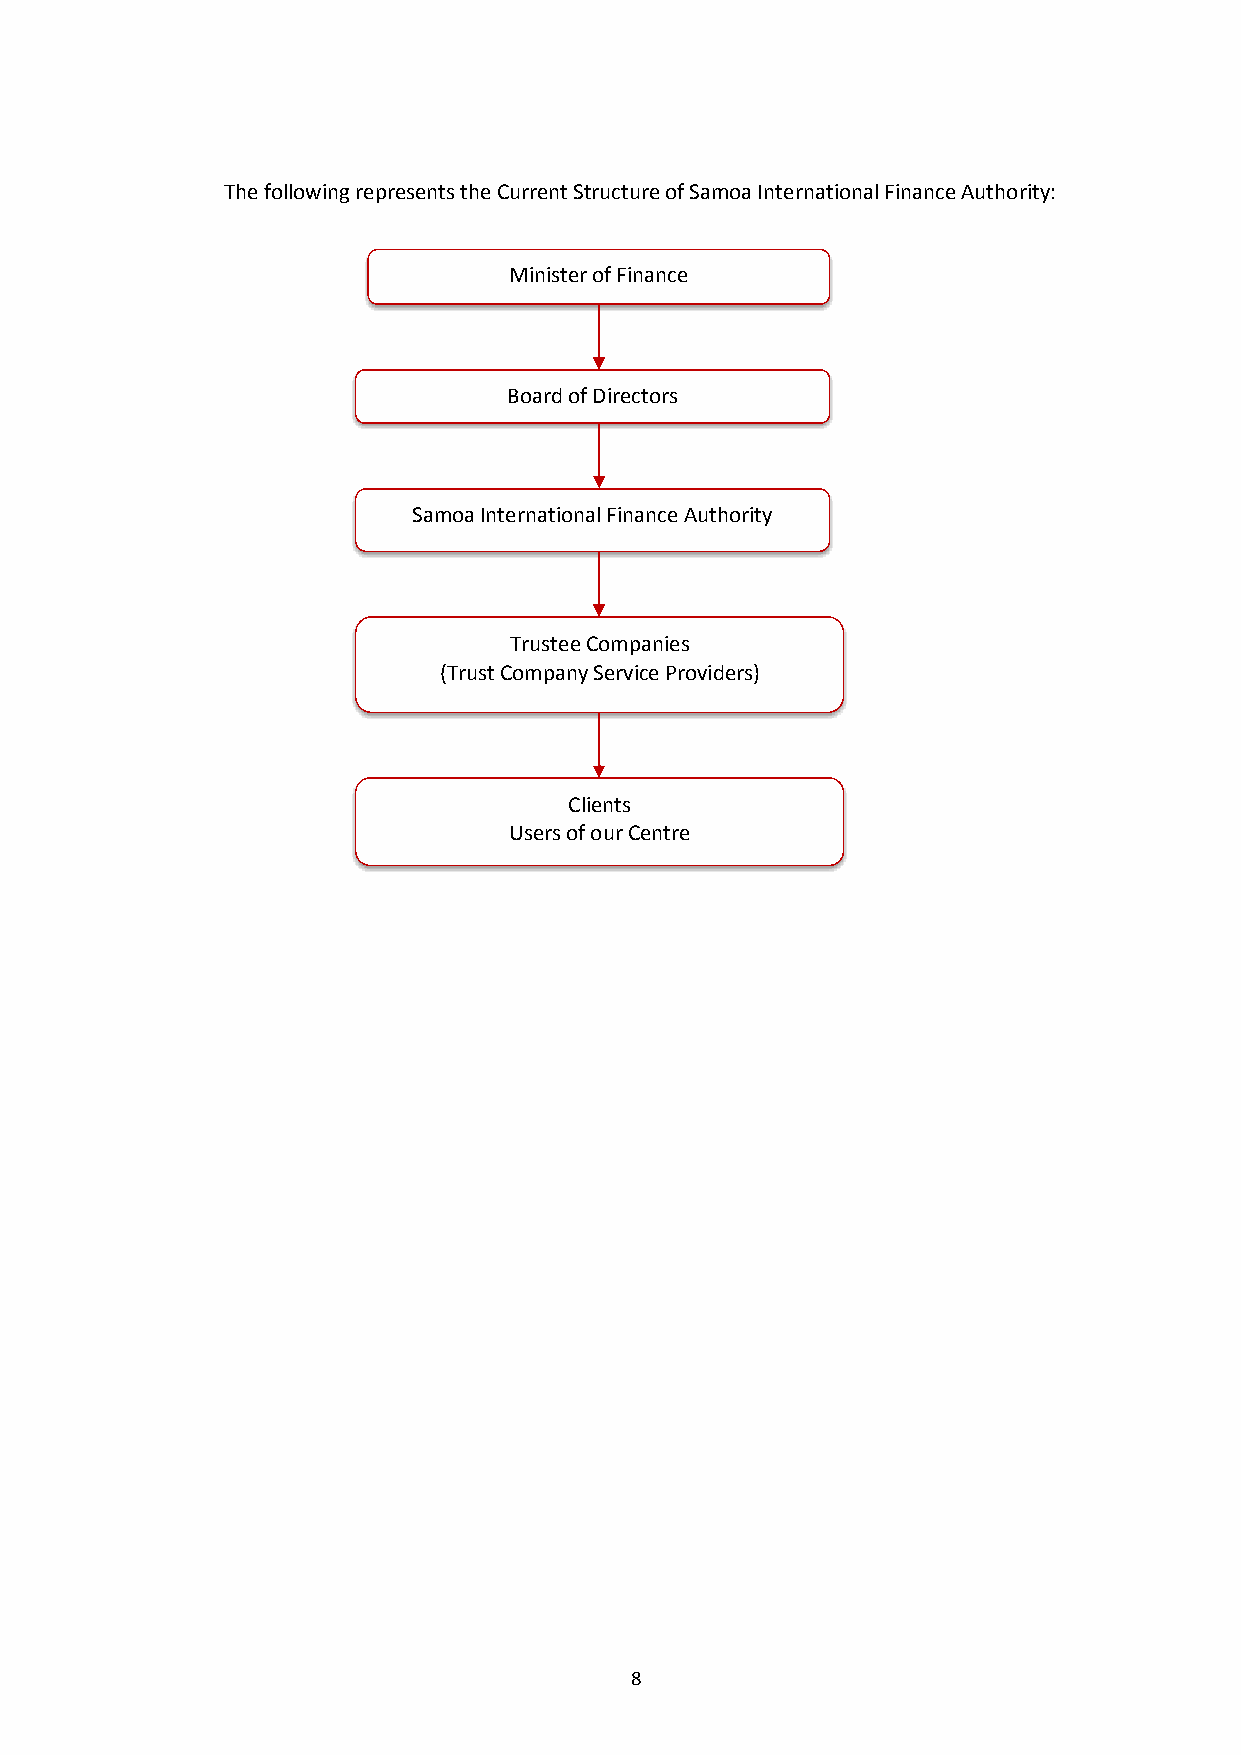
The following represents the Current Structure of Samoa International Finance Authority:
 Minister of Finance
 Board of Directors
 Samoa International Fina nce Authority
 Trustee Compa nies
 (Trust Company Service Providers)
 Clients
 Users of our Centre
 8